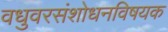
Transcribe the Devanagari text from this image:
वधुवरसंशोधनविषयक